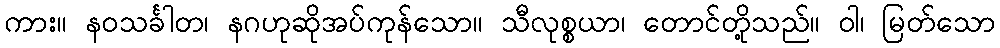
ကား။ နဝသင်္ခါတ၊ နဂဟုဆိုအပ်ကုန်သော။ သီလုစ္စယာ၊ တောင်တို့သည်။ ဝါ၊ မြတ်သော